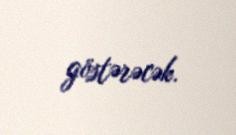
göstərəcək.